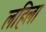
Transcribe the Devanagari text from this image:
लहिला